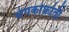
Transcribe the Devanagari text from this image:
संपर्काक्रांती